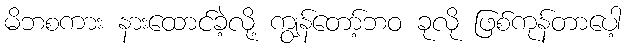
မိဘစကား နားထောင်ခဲ့လို့ ကျွန်တော့်ဘဝ ခုလို ဖြစ်ကုန်တာပေါ့